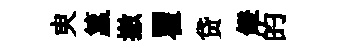
㬰籯撤瞿贷鐙的